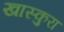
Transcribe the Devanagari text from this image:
खास्कुरा